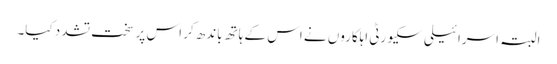
البتہ اسرائیلی سکیورٹی اہلکاروں نے اس کے ہاتھ باندھ کر اس پر سخت تشدد کیا۔